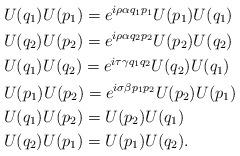
LaTeX: \begin{align*}&U(q_1)U(p_1)=e^{i\rho\alpha q_{1}p_{1}}U(p_1)U(q_1)\\&U(q_2)U(p_2)=e^{i\rho\alpha q_{2}p_{2}}U(p_2)U(q_2)\\&U(q_1)U(q_2)=e^{i\tau\gamma q_{1}q_{2}}U(q_2)U(q_1)\\&U(p_1)U(p_2)=e^{i\sigma\beta p_{1}p_{2}}U(p_2)U(p_1)\\&U(q_1)U(p_2)=U(p_2)U(q_1)\\&U(q_2)U(p_1)=U(p_1)U(q_2).\end{align*}